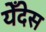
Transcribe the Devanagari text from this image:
येँदेस